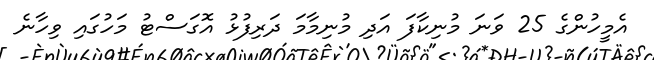
އެމީހުންގެ 25 ވަނަ މުނިކާފަ އަދި މުނިމާމަ ދަރިފުޅު އޮގަސްޓު މަހުގައި ވިހާނެ